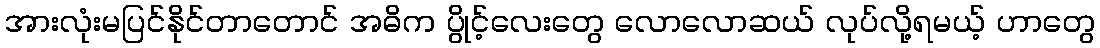
အားလုံးမပြင်နိုင်တာတောင် အဓိက ပွိုင့်လေးတွေ လောလောဆယ် လုပ်လို့ရမယ့် ဟာတွေ